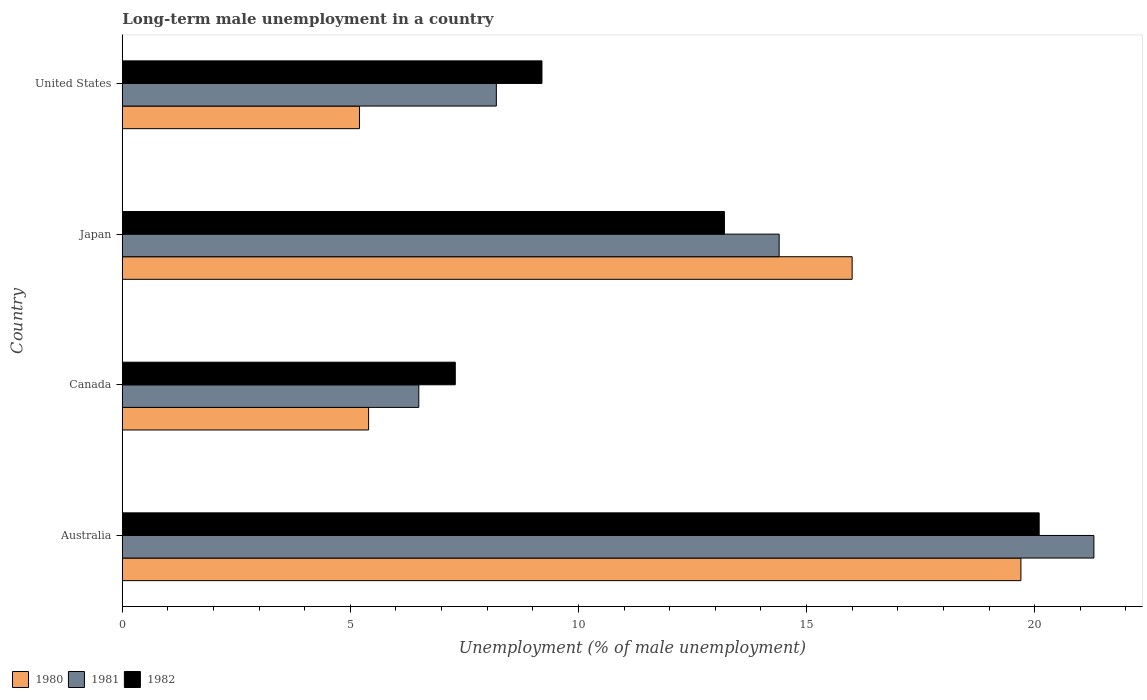
| Country | 1980 | 1981 | 1982 |
 | --- | --- | --- | --- |
 | Australia | 19.7 | 21.3 | 20.1 |
 | Canada | 5.4 | 6.5 | 7.3 |
 | Japan | 16 | 14.4 | 13.2 |
 | United States | 5.2 | 8.2 | 9.2 |